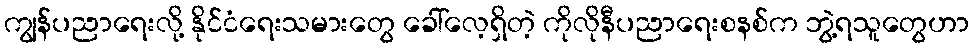
ကျွန်ပညာရေးလို့ နိုင်ငံရေးသမားတွေ ခေါ်လေ့ရှိတဲ့ ကိုလိုနီပညာရေးစနစ်က ဘွဲ့ရသူတွေဟာ